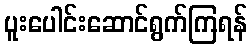
ပူးပေါင်းဆောင်ရွက်ကြရန်